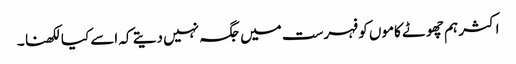
اکثر ہم چھوٹے کاموں کو فہرست میں جگہ نہیں دیتے کہ اسے کیا لکھنا ۔